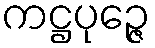
ကဋ္ဌပုဉ္ဇေ